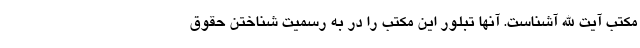
مکتب آیت الله آشناست. آنها تبلور این مکتب را در به رسمیت شناختن حقوق